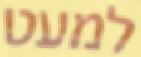
למעט